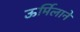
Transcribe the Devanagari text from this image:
ऊर्मिलाने